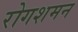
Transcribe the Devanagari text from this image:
रोगशमन